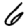
Digit: 6